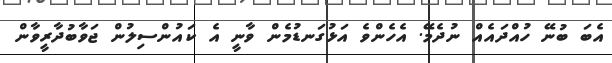
އެބަ ބުނޭ ހުއްދައެއް ނުދެމޭ. އެހެންވެ އަޅުގަނޑުމެން ވާނީ އެ ކައުންސިލުން ޖަވާބުދާރީވާން